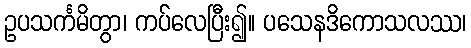
ဥပသင်္ကမိတွာ၊ ကပ်လေပြီး၍။ ပသေနဒိကောသလဿ၊